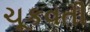
ચૂકવતી